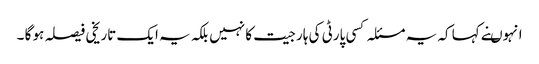
انہوںنے کہا کہ یہ مسئلہ کسی پارٹی کی ہار جیت کا نہیں بلکہ یہ ایک تاریخی فیصلہ ہو گا ۔